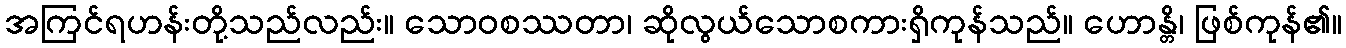
အကြင်ရဟန်းတို့သည်လည်း။ သောဝစဿတာ၊ ဆိုလွယ်သောစကားရှိကုန်သည်။ ဟောန္တိ၊ ဖြစ်ကုန်၏။